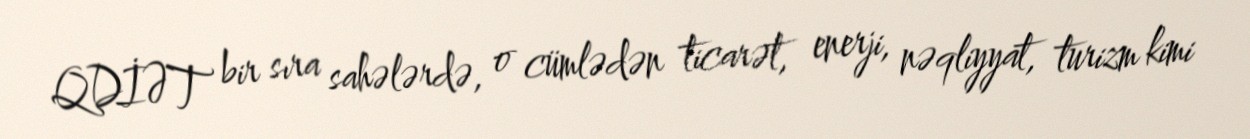
QDİƏT bir sıra sahələrdə, o cümlədən ticarət, enerji, nəqliyyat, turizm kimi